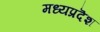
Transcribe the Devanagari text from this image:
मध्यप्रदॆश